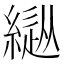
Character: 𦄚